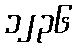
၁၂၃၆